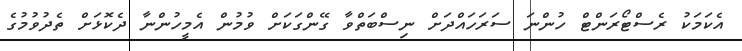
އެކަމަކު ރެސްޓޯރަންޓް ހުންނަ ސަރަހައްދަށް ނިސްބަތްވާ ގޭންގަކަށް ވުމުން އެމީހުންނާ ދެކޮޅަށް ތެދުވުމުގެ